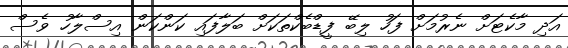
އަދި މާކެޓަށް ނެރުމަށް ފަހު ލިބޭ ފީޑްބެކްތަކަށް ބަލާފައި ކަންކަން އިސްލާހު ވެސް